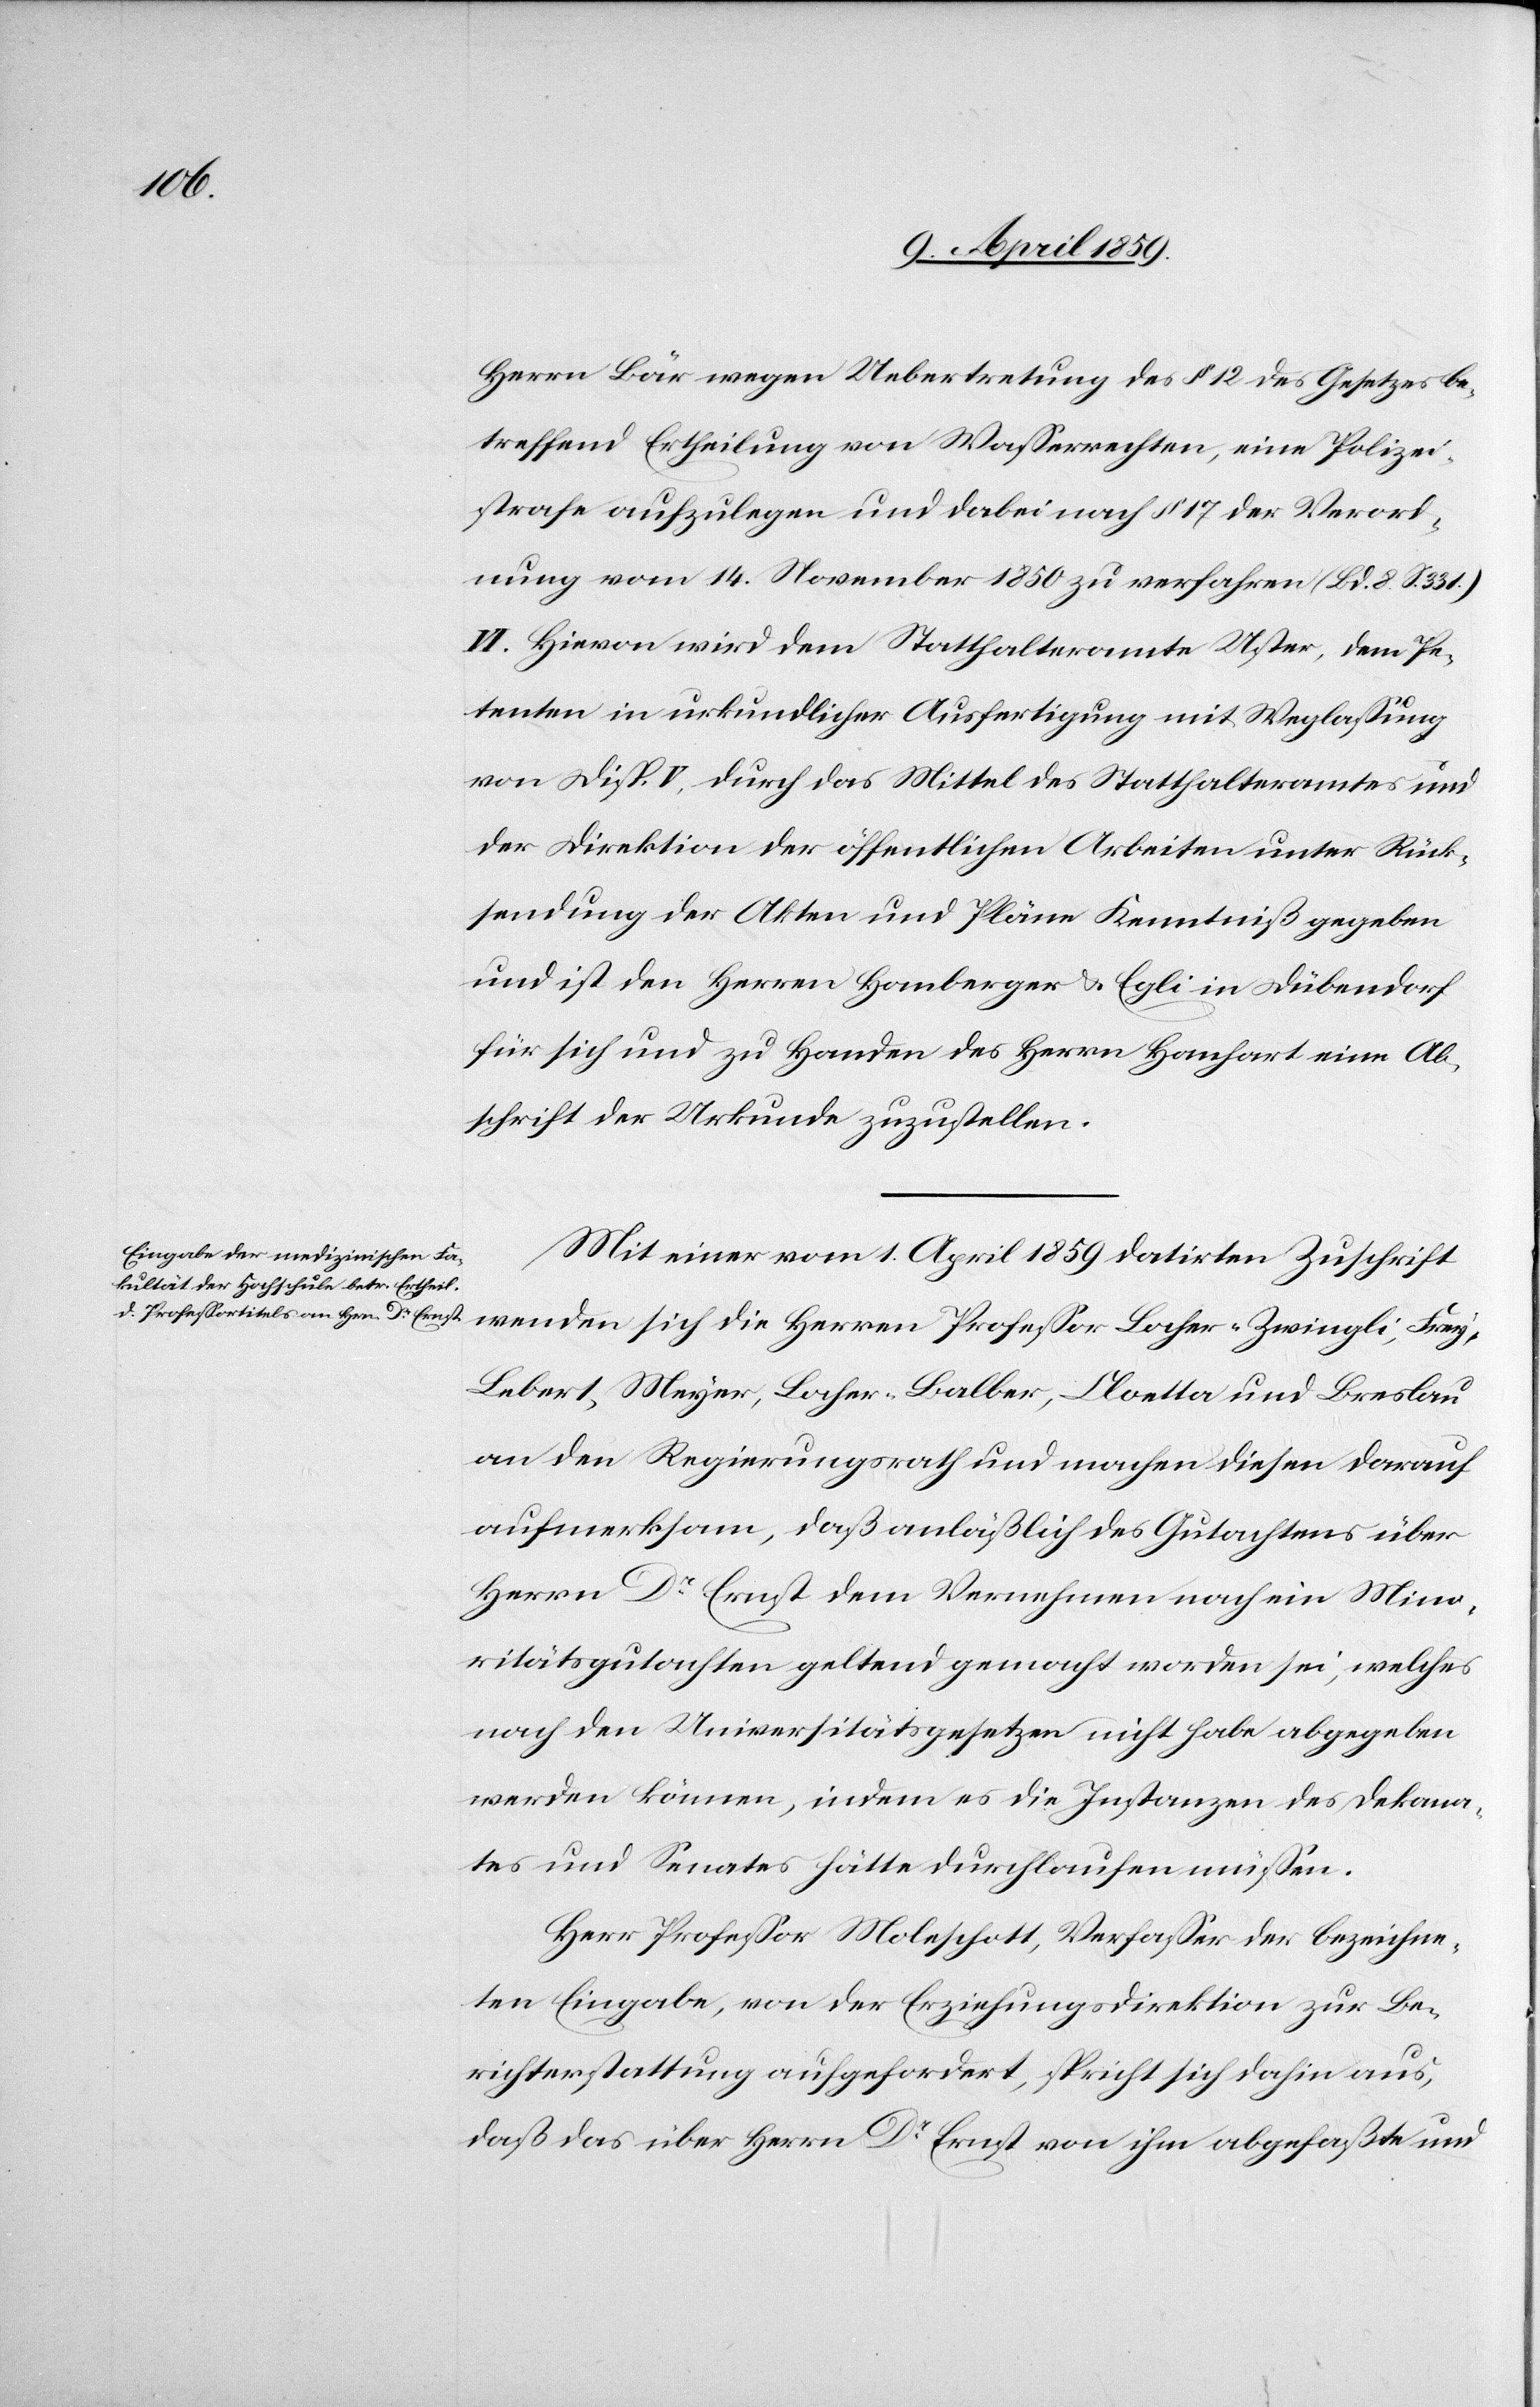
Herrn Bär wegen Uebertretung des § 12 des Gesetzes be¬
treffend Ertheilung von Waßerrechten, eine Polizei¬
strafe aufzulegen und dabei nach § 17 der Verord¬
nung vom 14. November 1850 zu verfahren (Bd. 8. S. 331.)
VI. Hievon wird dem Statthalteramte Uster, dem Pe¬
tenten in urkundlicher Ausfertigung mit Weglaßung
von Disp. V. durch das Mittel des Statthalteramtes und
der Direktion der öffentlichen Arbeiten unter Rück¬
sendung der Akten und Pläne Kenntniß gegeben
und ist den Herren Homberger & Egli in Dübendorf
für sich und zu Handen des Herrn Hanhart eine Ab¬
schrift der Urkunde zuzustellen.
Mit einer vom 1. April 1859 datirten Zuschrift
wenden sich die Herren Profeßor Locher-Zwingli, Frei¬
g-Lebert, Meyer, Locher-Balber, Cloetta und Breslau
an den Regierungsrath und machen diesen darauf
aufmerksam, daß anläßlich des Gutachtens über
Herrn Dr. Ernst dem Vernehmen nach ein Mino¬
ritätsgutachten geltend gemacht worden sei, welches
nach den Universitätsgesetzen nicht habe abgegeben
werden können, indem es die Instanzen des Dekana¬
tes und Senates hätte durchlaufen müßen.
Herr Profeßor Moleschott, Verfaßer der bezeichne¬
ten Eingabe, von der Erziehungsdirektion zur Be¬
richterstattung aufgefordert, spricht sich dahin aus,
daß das über Herrn Dr. Ernst von ihm abgefaßte und